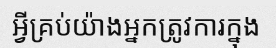
អ្វីគ្រប់យ៉ាងអ្នកត្រូវការក្នុង